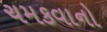
ચમકવાનો